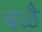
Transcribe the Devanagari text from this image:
बळै